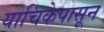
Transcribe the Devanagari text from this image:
याचिकेपासून